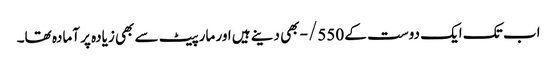
اب تک ایک دوست کے 550/- بھی دینے ہیں اور مارپیٹ سے بھی زیادہ پر آمادہ تھا۔